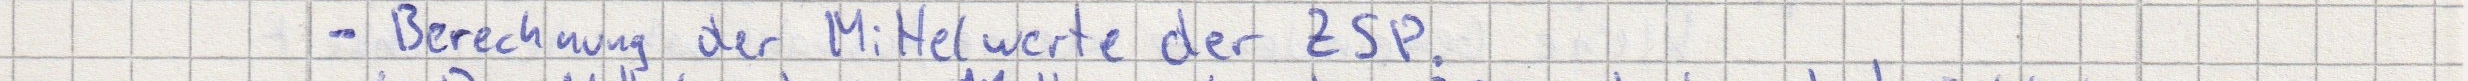
- Berechnung der Mittelwerte der ZSP.